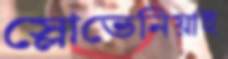
স্লোভেনিয়াই